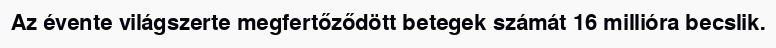
Az évente világszerte megfertőződött betegek számát 16 millióra becslik.